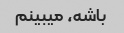
باشه، میبینم